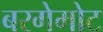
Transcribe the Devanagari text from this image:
बरगेमोट